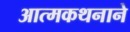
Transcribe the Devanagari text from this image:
आत्मकथनाने